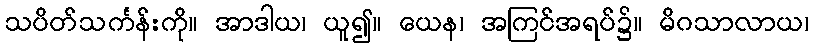
သပိတ်သင်္ကန်းကို။ အာဒါယ၊ ယူ၍။ ယေန၊ အကြင်အရပ်၌။ မိဂသာလာယ၊